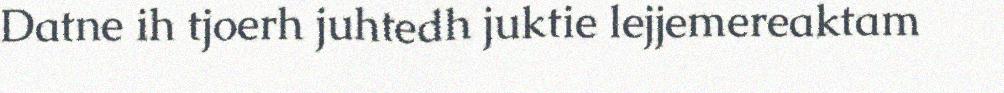
Datne ih tjoerh juhtedh juktie lejjemereaktam